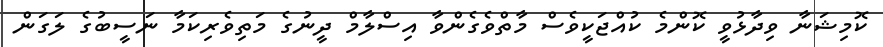
ކޮމިޝަނާ ވިދާޅުވީ ކޮންމެ ކުއްޖަކީވެސް މާތްވެގެންވާ އިސްލާމް ދީނުގެ މަތިވެރިކަމާ ނަސީބުގެ ލަގަން